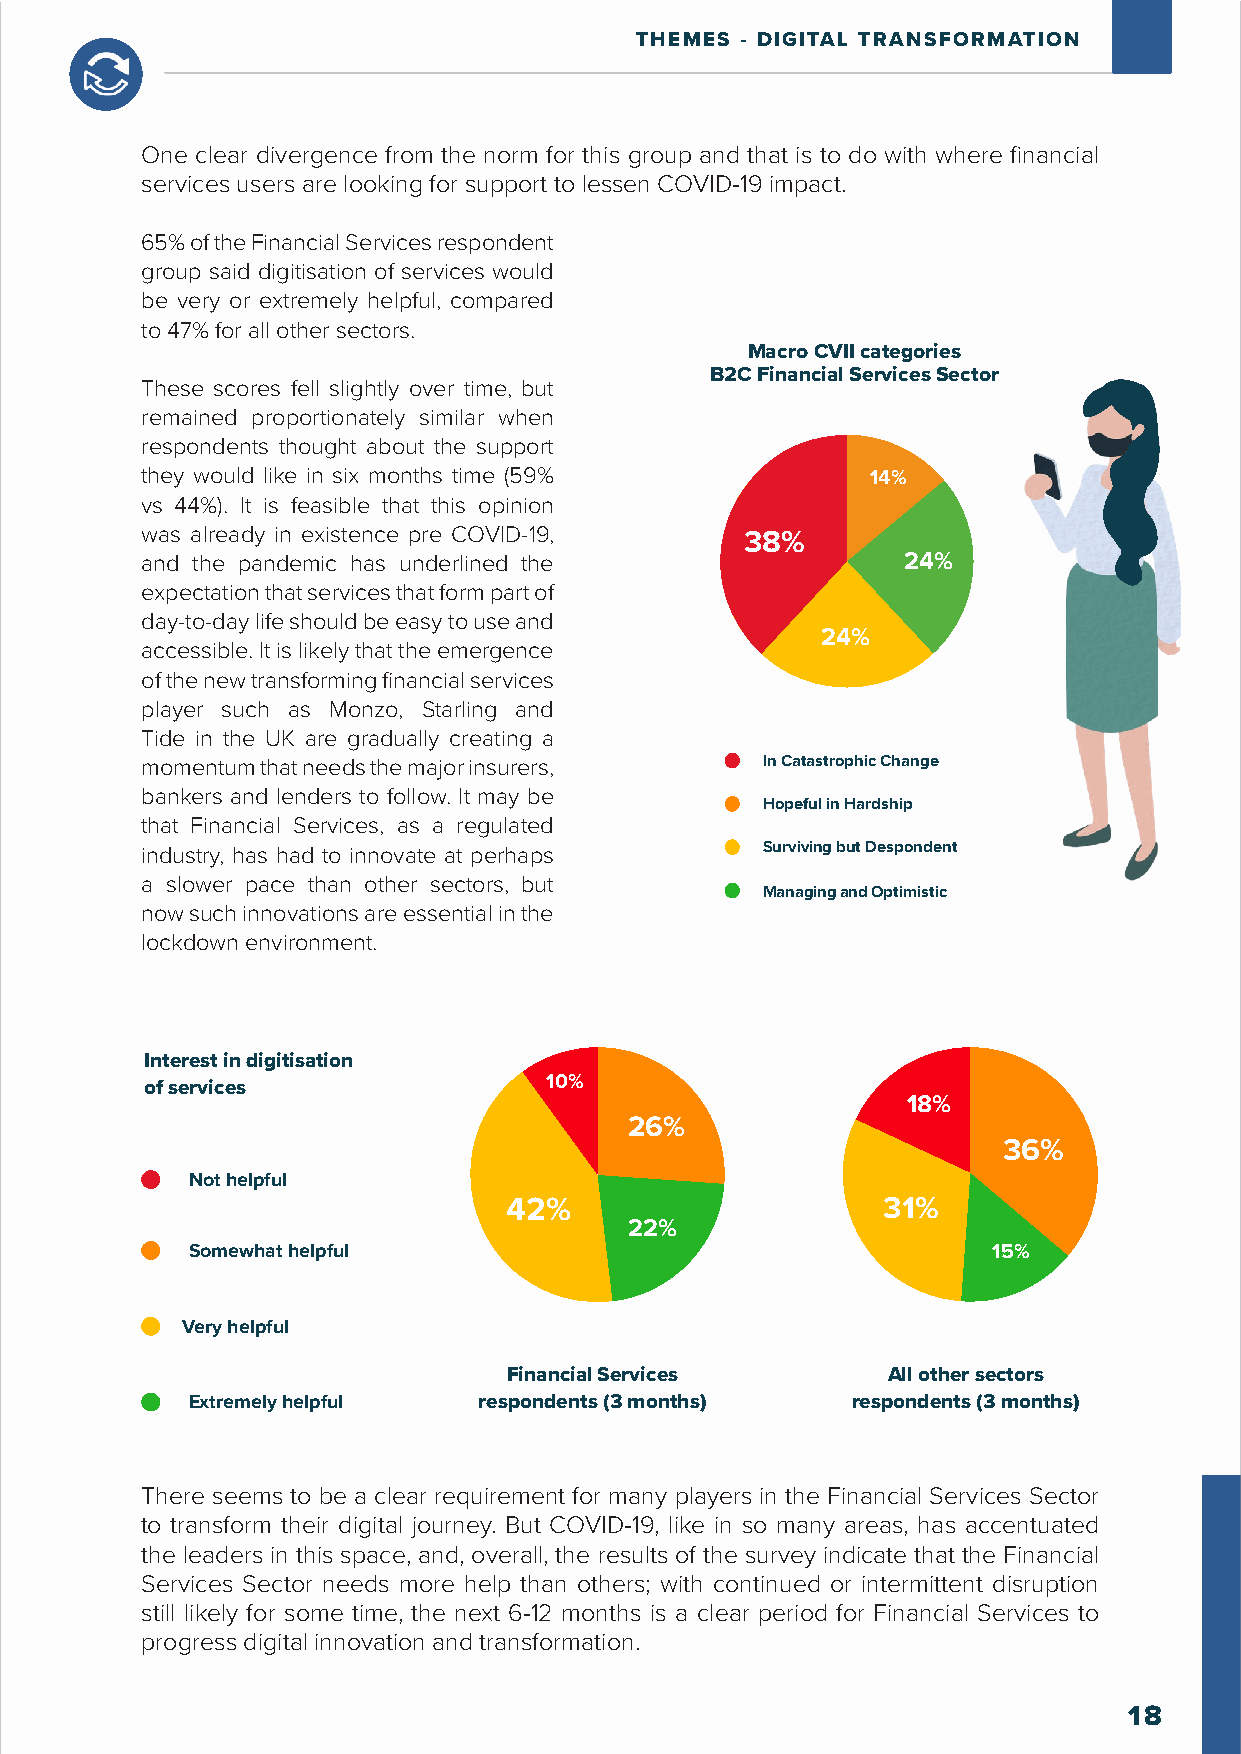
THEMES - DIGITAL TRANSFORMATION
 One clear divergence from the norm for this group and that is to do with where financial
 services users are looking for support to lessen COVID-19 impact.
 65% of the Financial Services respondent
 group said digitisation of services would
 be very or extremely helpful, compared
 to 47% for all other sectors.
 Macro CVII categories
 B2C Financial Services Sector
 These scores fell slightly over time, but
 remained proportionately similar when
 respondents thought about the support
 they would like in six months time (59%          14%
 vs 44%). It is feasible that this opinion
 was already in existence pre COVID-19,
 38%
 and the pandemic has underlined the                24%
 expectation that services that form part of
 day-to-day life should be easy to use and
 24%
 accessible. It is likely that the emergence
 of the new transforming financial services
 player such as Monzo, Starling and
 Tide in the UK are gradually creating a
 momentum that needs the major insurers,  In Catastrophic Change
 bankers and lenders to follow. It may be
 Hopeful in Hardship
 that Financial Services, as a regulated
 industry, has had to innovate at perhaps Surviving but Despondent
 a slower pace than other sectors, but
 Managing and Optimistic
 now such innovations are essential in the
 lockdown environment.
 Interest in digitisation
 10%
 of services
 18%
 26%
 36%
 Not helpful
 42%                      31%
 22%
 Somewhat helpful                                      15%
 Very helpful
 Financial Services       All other sectors
 Extremely helpful   respondents (3 months)  respondents (3 months)
 There seems to be a clear requirement for many players in the Financial Services Sector
 to transform their digital journey. But COVID-19, like in so many areas, has accentuated
 the leaders in this space, and, overall, the results of the survey indicate that the Financial
 Services Sector needs more help than others; with continued or intermittent disruption
 still likely for some time, the next 6-12 months is a clear period for Financial Services to
 progress digital innovation and transformation.
 18